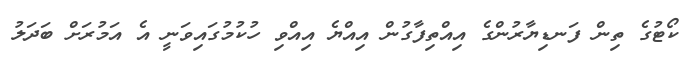
ކޯޓުގެ ތިން ފަނޑިޔާރުންގެ އިއްތިފާގުން އިއްޔެ އިއްވި ހުކުމުގައިވަނީ އެ އަމުރަށް ބަދަލު